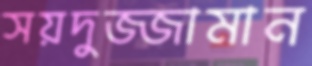
সয়দুজ্জামান